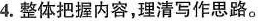
4.整体把握内容，理清写作思路。